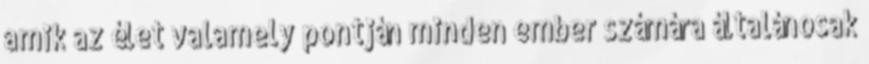
amik az élet valamely pontján minden ember számára általánosak